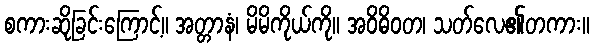
စကားဆိုခြင်းကြောင့်။ အတ္တာနံ၊ မိမိကိုယ်ကို။ အဝိဓိဝတ၊ သတ်လေ၏တကား။